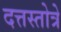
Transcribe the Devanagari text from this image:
दत्तस्तोत्रे